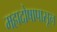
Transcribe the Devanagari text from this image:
महादोषापासून